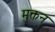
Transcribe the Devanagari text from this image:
मुक्तन